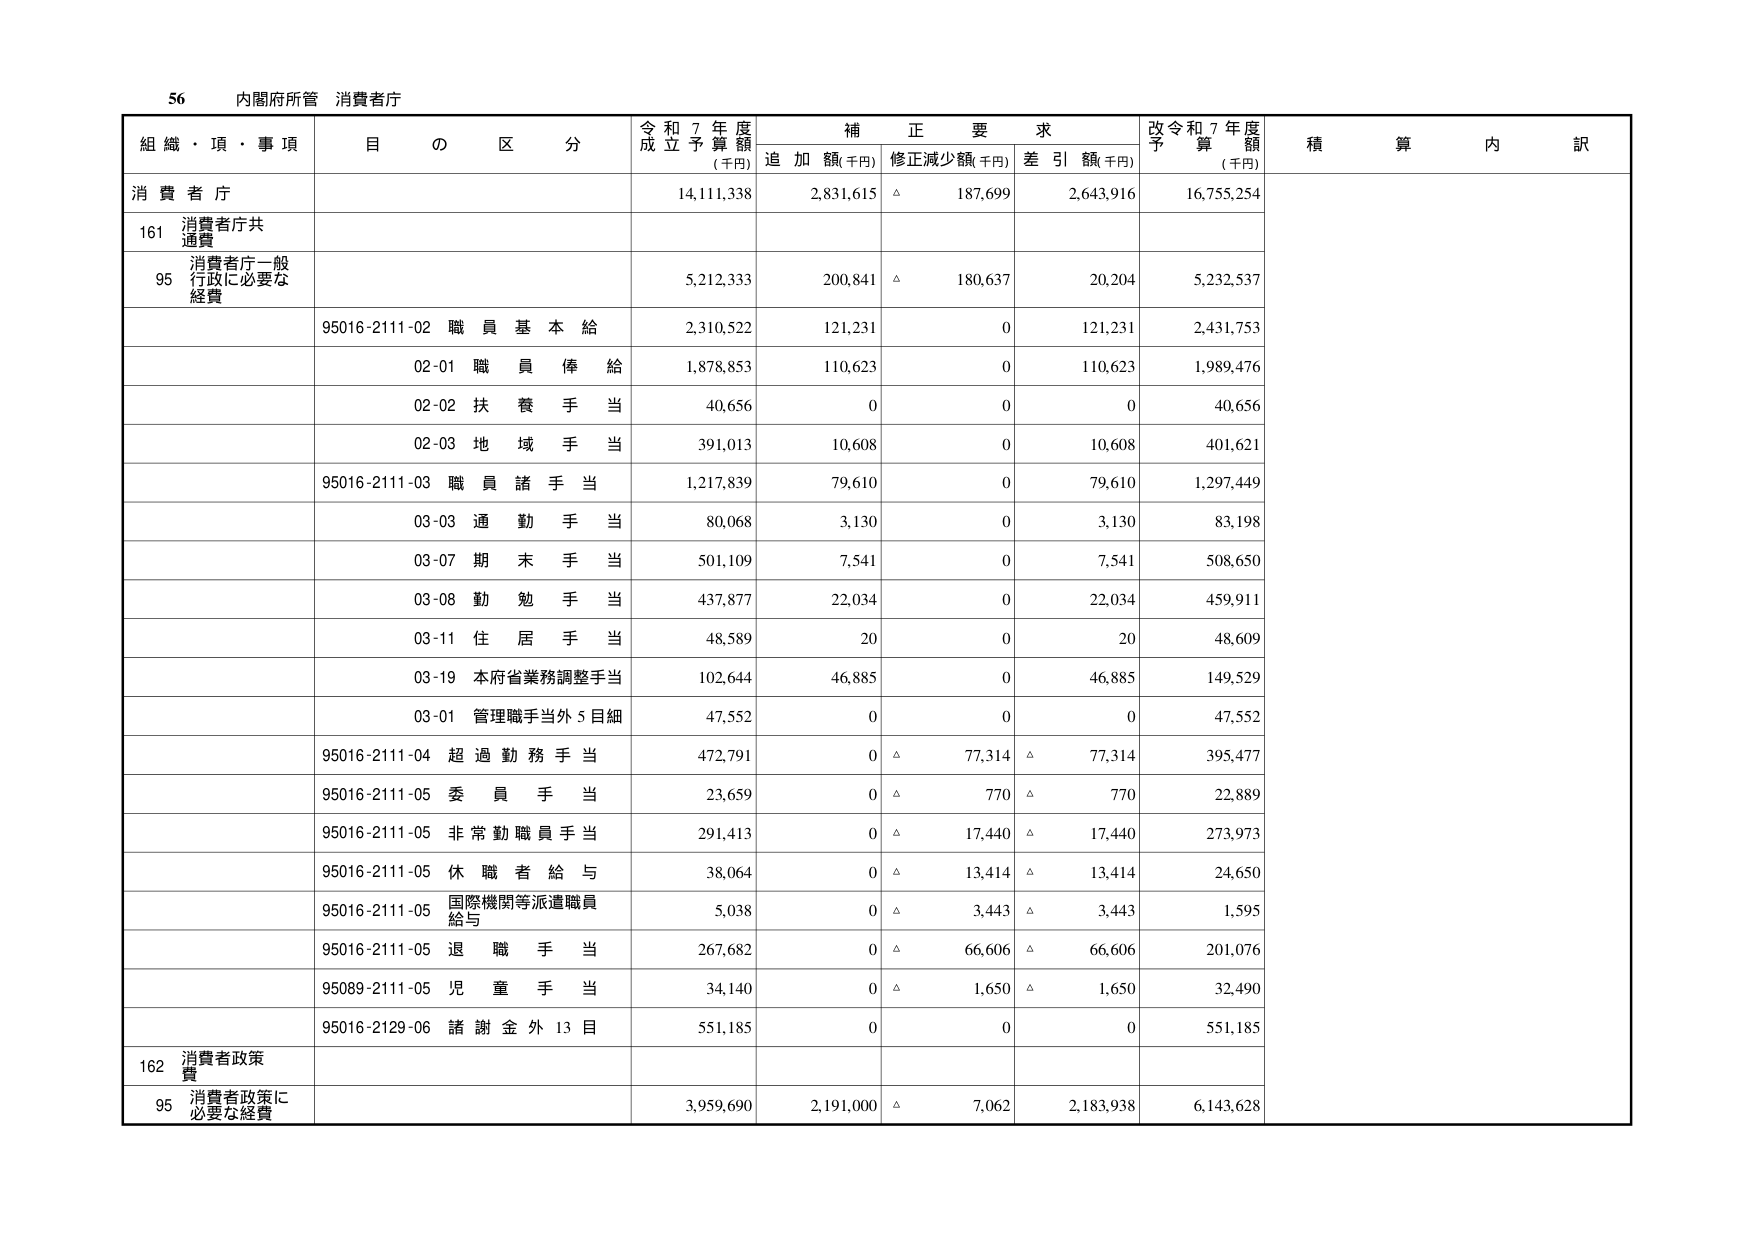
56 内閣府所管 消費者庁

組織・項・事項 目の区分 令和7年度成立予算額(千円) 補正要求 追加額(千円) 修正減少額(千円) 差引額(千円) 改令和7年度予算額(千円) 積算内訳

消費者庁 14,111,338 2,831,615 △ 187,699 2,643,916 16,755,254

161 消費者庁共通費

95 消費者庁一般行政に必要な経費 5,212,333 200,841 △ 180,637 20,204 5,232,537

95016-2111-02 職員基本給 2,310,522 121,231 0 121,231 2,431,753

02-01 職員俸給 1,878,853 110,623 0 110,623 1,989,476

02-02 扶養手当 40,656 0 0 0 40,656

02-03 地域手当 391,013 10,608 0 10,608 401,621

95016-2111-03 職員諸手当 1,217,839 79,610 0 79,610 1,297,449

03-03 通勤手当 80,068 3,130 0 3,130 83,198

03-07 期末手当 501,109 7,541 0 7,541 508,650

03-08 勤勉手当 437,877 22,034 0 22,034 459,911

03-11 住居手当 48,589 20 0 20 48,609

03-19 本府省業務調整手当 102,644 46,885 0 46,885 149,529

03-01 管理職手当外5目細 47,552 0 0 0 47,552

95016-2111-04 超過勤務手当 472,791 0 △ 77,314 △ 77,314 395,477

95016-2111-05 委員手当 23,659 0 △ 770 △ 770 22,889

95016-2111-05 非常勤職員手当 291,413 0 △ 17,440 △ 17,440 273,973

95016-2111-05 休職者給与 38,064 0 △ 13,414 △ 13,414 24,650

95016-2111-05 国際機関等派遣職員給与 5,038 0 △ 3,443 △ 3,443 1,595

95016-2111-05 退職手当 267,682 0 △ 66,606 △ 66,606 201,076

95089-2111-05 児童手当 34,140 0 △ 1,650 △ 1,650 32,490

95016-2129-06 諸謝金外13目 551,185 0 0 0 551,185

162 消費者政策費

95 消費者政策に必要な経費 3,959,690 2,191,000 △ 7,062 2,183,938 6,143,628